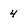
Character: 4